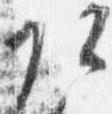
頭